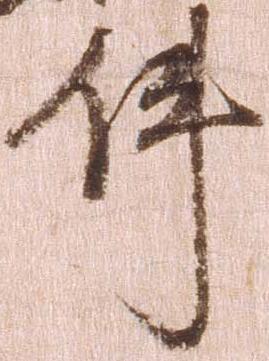
件